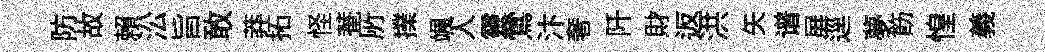
防故賴㳂旨敢莽拓怪菴𠩄擈颯人靈鶯汴奢阡財返洪矢谱屛逕夢飭惶義